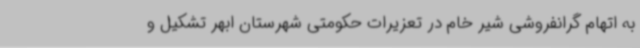
به اتهام گرانفروشی شیر خام در تعزیرات حکومتی شهرستان ابهر تشکیل و